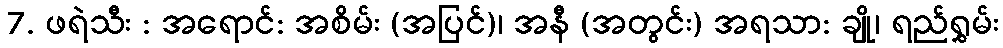
7. ဖရဲသီး : အရောင်: အစိမ်း (အပြင်)၊ အနီ (အတွင်း) အရသာ: ချို၊ ရည်ရွှမ်း